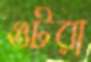
ওটরা